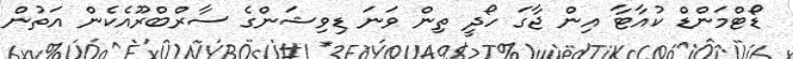
ޑޯޓްމަންޑް ކުއާޓާ އިން ޖާގަ ހޯދީ ތިން ވަނަ ޑިވިޝަންގެ ސާރްބްރޫއެކެން އަތުން